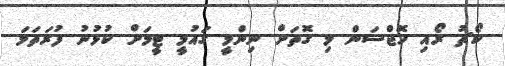
ކޯޗު ރޯއި ހޮޖްސަން މި ގޮތަށް ނިންމީ ގައުމީ ޓީމަށް ކުޅުނު ފުރަތަމަ